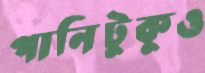
পানিটুকুও